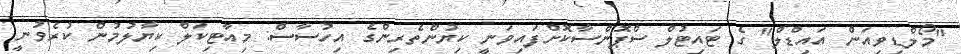
"މޯލްޑިވިއަން އައިޑްލް" ގެ ޓައިޓުލް ސްޕޮންސާކޮށްފައިވަނީ ކިޔުންތެރިންގެ އިހުސާސް: މިއާޓިކަލް ކިޔާލުމުން ކުރެވުނީ